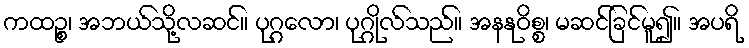
ကထဉ္စ၊ အဘယ်သို့လဆင်။ ပုဂ္ဂလော၊ ပုဂ္ဂိုလ်သည်။ အနနုဝိစ္စ၊ မဆင်ခြင်မူ၍။ အပရိ